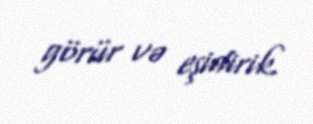
görür və eşidirik.